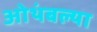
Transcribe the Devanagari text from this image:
ओथंबल्या